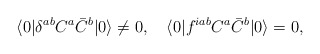
\begin{align*}\langle 0| \delta^{ab} C^a \bar C^b |0 \rangle \not= 0 ,\quad \langle 0| f^{iab} C^a \bar C^b |0 \rangle = 0 ,\end{align*}